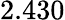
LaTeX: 2.430